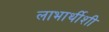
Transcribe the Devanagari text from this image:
लाभार्थीशी